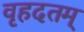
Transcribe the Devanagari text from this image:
वृहदतम्